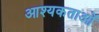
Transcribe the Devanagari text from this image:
आश्यकताओं